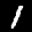
Label: 1